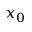
x _ { 0 }